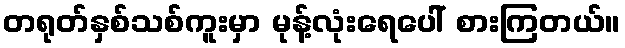
တရုတ်နှစ်သစ်ကူးမှာ မုန့်လုံးရေပေါ် စားကြတယ်။